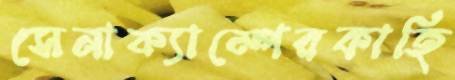
সেনাক্যাম্পেরকাহি